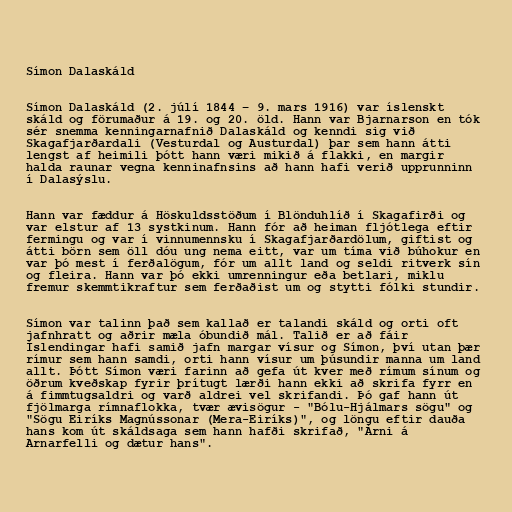
Símon Dalaskáld

Símon Dalaskáld (2. júlí 1844 – 9. mars 1916) var íslenskt
skáld og förumaður á 19. og 20. öld. Hann var Bjarnarson en tók
sér snemma kenningarnafnið Dalaskáld og kenndi sig við
Skagafjarðardali (Vesturdal og Austurdal) þar sem hann átti
lengst af heimili þótt hann væri mikið á flakki, en margir
halda raunar vegna kenninafnsins að hann hafi verið upprunninn
í Dalasýslu.

Hann var fæddur á Höskuldsstöðum í Blönduhlíð í Skagafirði og
var elstur af 13 systkinum. Hann fór að heiman fljótlega eftir
fermingu og var í vinnumennsku í Skagafjarðardölum, giftist og
átti börn sem öll dóu ung nema eitt, var um tíma við búhokur en
var þó mest í ferðalögum, fór um allt land og seldi ritverk sín
og fleira. Hann var þó ekki umrenningur eða betlari, miklu
fremur skemmtikraftur sem ferðaðist um og stytti fólki stundir.

Símon var talinn það sem kallað er talandi skáld og orti oft
jafnhratt og aðrir mæla óbundið mál. Talið er að fáir
Íslendingar hafi samið jafn margar vísur og Símon, því utan þær
rímur sem hann samdi, orti hann vísur um þúsundir manna um land
allt. Þótt Símon væri farinn að gefa út kver með rímum sínum og
öðrum kveðskap fyrir þrítugt lærði hann ekki að skrifa fyrr en
á fimmtugsaldri og varð aldrei vel skrifandi. Þó gaf hann út
fjölmarga rímnaflokka, tvær ævisögur - "Bólu-Hjálmars sögu" og
"Sögu Eiríks Magnússonar (Mera-Eiríks)", og löngu eftir dauða
hans kom út skáldsaga sem hann hafði skrifað, "Árni á
Arnarfelli og dætur hans".